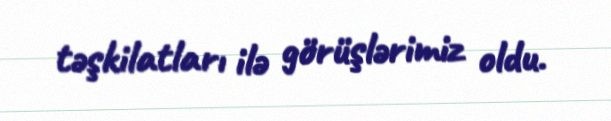
təşkilatları ilə görüşlərimiz oldu.